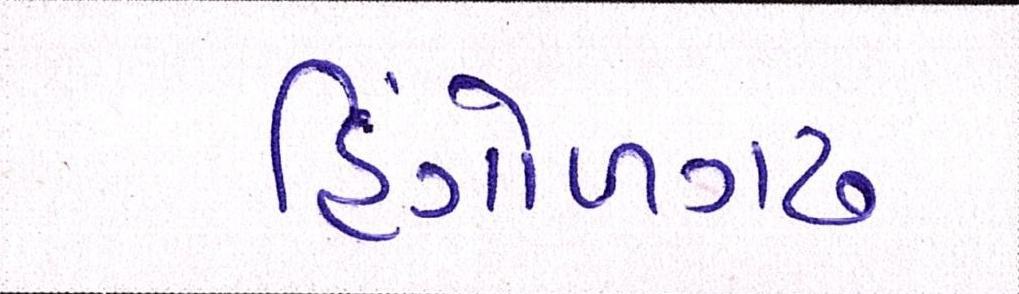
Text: હિંગોળગઢ